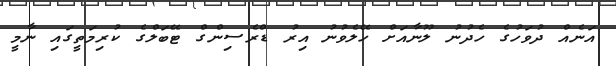
އަނެއް ދުވަހުގެ ހެދުނު ލޫނާއަށް ހޭލެވުނު އިރު ޑްރެސިންގް ޓޭބަލްގެ ކުރިމަތީގައި ނާމީ